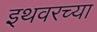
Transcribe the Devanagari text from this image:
इथवरच्या